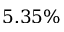
5 . 3 5 \%